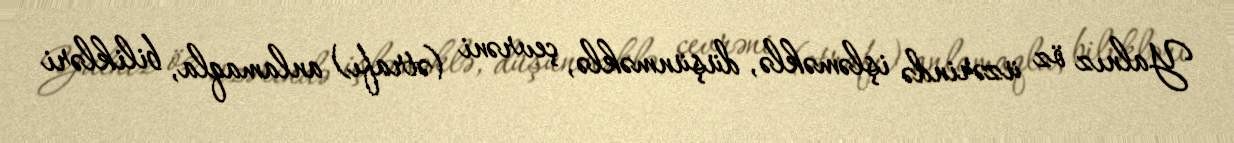
Yalnız öz üzərində işləməklə, düşünməklə, çevrəni (ətrafı) anlamaqla, bilikləri